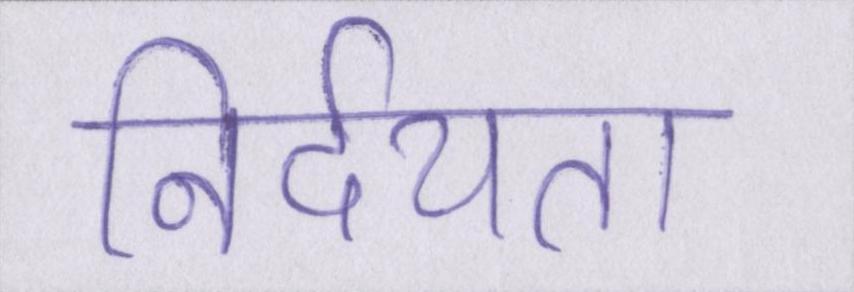
निर्दयता